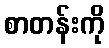
စာတန်းကို